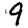
Digit: 9